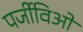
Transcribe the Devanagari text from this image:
पर्जीविओं